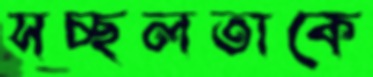
সচ্ছলতাকে